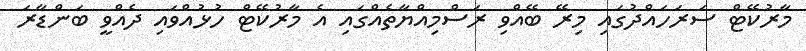
މާރުކޭޓް ސަރަހައްދުގައި މިރޭ ބޭއްވި ރަސްމިއްޔާތެއްގައި އެ މާރުކޭޓް ހުޅުއްވައި ދެއްވީ ބަންޑާރަ